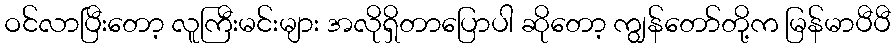
ဝင်လာပြီးတော့ လူကြီးမင်းများ အလိုရှိတာပြောပါ ဆိုတော့ ကျွန်တော်တို့က မြန်မာပီပီ